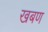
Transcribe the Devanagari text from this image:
खबण